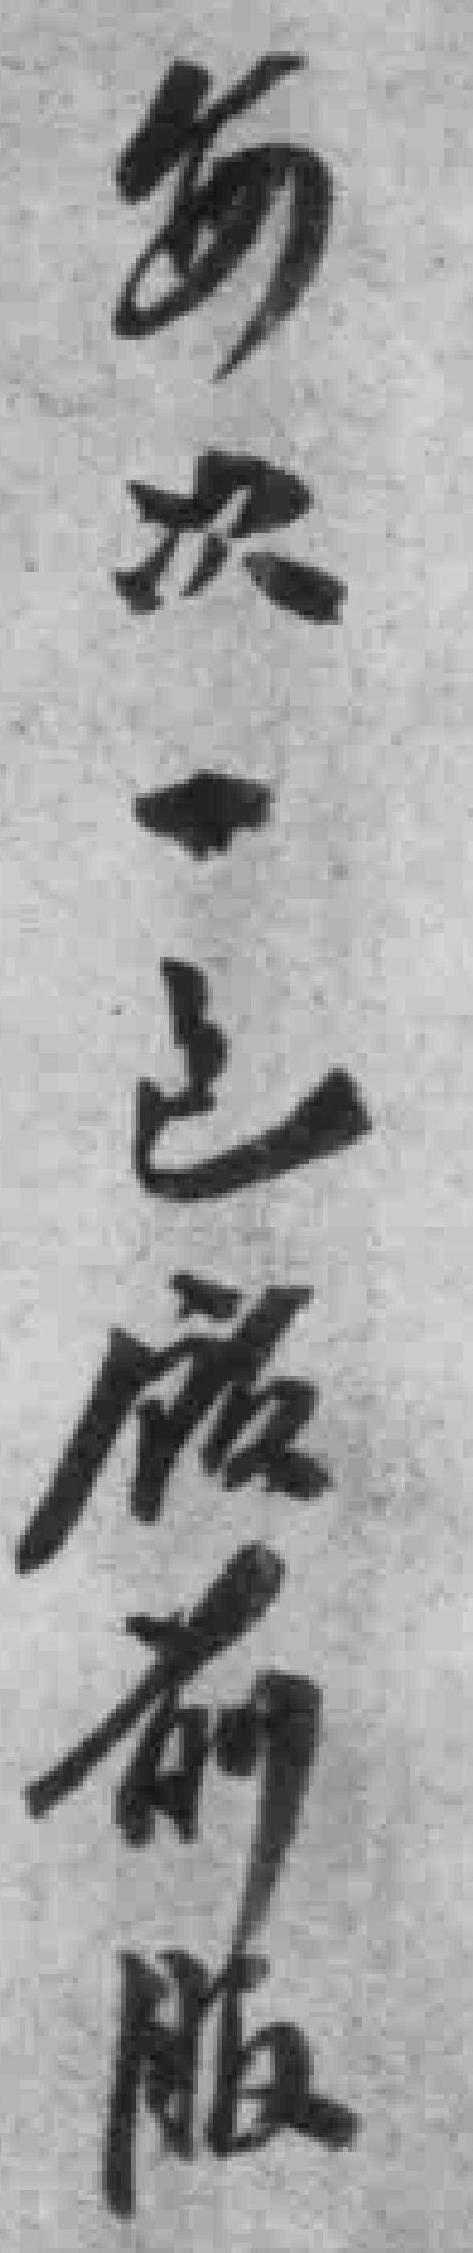
每次一包飯前服